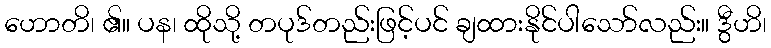
ဟောတိ၊ ၏။ ပန၊ ထိုသို့ တပုဒ်တည်းဖြင့်ပင် ချထားနိုင်ပါသော်လည်း။ ဒွီဟိ၊